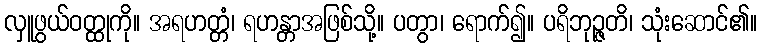
လှူဖွယ်ဝတ္ထုကို။ အရဟတ္တံ၊ ရဟန္တာအဖြစ်သို့။ ပတွာ၊ ရောက်၍။ ပရိဘုဉ္ဇတိ၊ သုံးဆောင်၏။